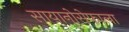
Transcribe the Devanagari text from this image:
सायानोसेफाला